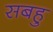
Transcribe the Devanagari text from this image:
सबहु